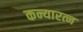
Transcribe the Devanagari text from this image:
कन्यारत्न